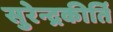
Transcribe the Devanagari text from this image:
सुरेन्द्रकीर्ति